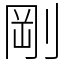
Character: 剛